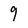
Character: 9